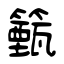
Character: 籈